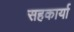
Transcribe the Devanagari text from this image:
सहकार्या